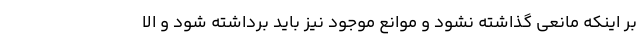
بر اینکه مانعی گذاشته نشود و موانع موجود نیز باید برداشته شود و الا